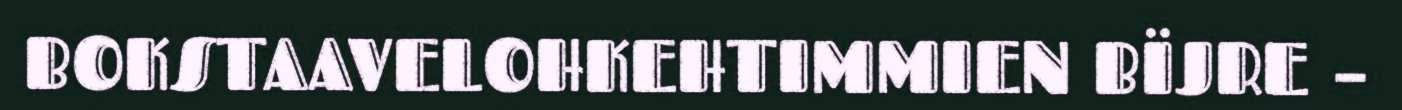
BOKSTAAVELOHKEHTIMMIEN BÏJRE –